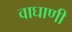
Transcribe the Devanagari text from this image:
वाघाणी